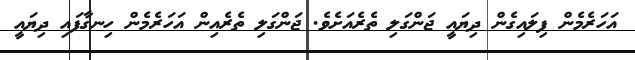
އަހަރެމެން ފިލައިގެން ދިޔައީ ޖަންގަލި ތެރެއަށެވެ. ޖަންގަލި ތެރެއިން އަހަރެމެން ހިނގާފައި ދިޔައީ